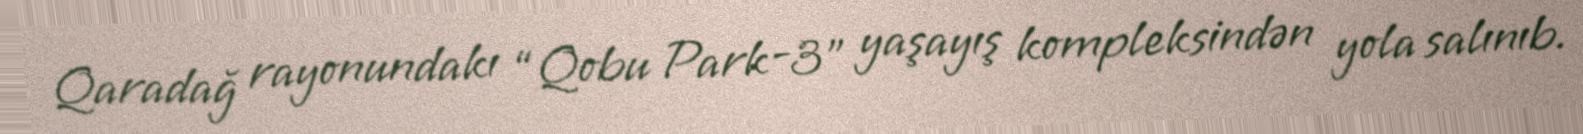
Qaradağ rayonundakı “Qobu Park-3" yaşayış kompleksindən yola salınıb.